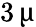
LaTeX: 3\, \upmu